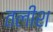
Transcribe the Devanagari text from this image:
तलीश